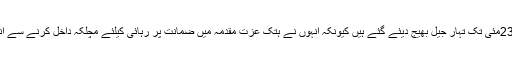
اروند کجریوال 23مئی تک تہار جیل بھیج دیئے گئے ہیں کیونکہ انہوں نے ہتک عزت مقدمہ میں ضمانت پر رہائی کیلئے مچلکہ داخل کرنے سے انکار کردیا ہے ۔